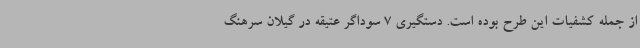
از جمله کشفیات این طرح بوده است. دستگیری 7 سوداگر عتیقه در گیلان سرهنگ